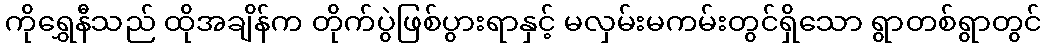
ကိုရွှေနီသည် ထိုအချိန်က တိုက်ပွဲဖြစ်ပွားရာနှင့် မလှမ်းမကမ်းတွင်ရှိသော ရွာတစ်ရွာတွင်